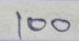
100